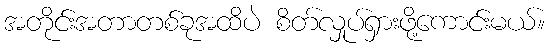
အတိုင်းအတာတစ်ခုအထိပဲ စိတ်လှုပ်ရှားဖို့ကောင်းမယ်။